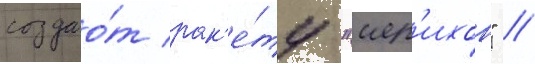
создао́т рак'е́ту "иер'ихон" /